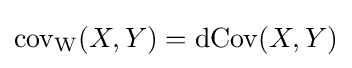
\operatorname {cov} _{\mathrm {W} }(X,Y)=\operatorname {dCov} (X,Y)